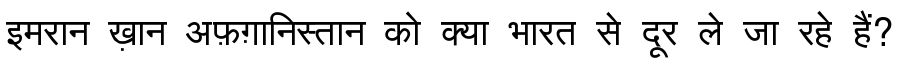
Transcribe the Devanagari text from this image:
इमरान ख़ान अफ़ग़ानिस्तान को क्या भारत से दूर ले जा रहे हैं?